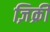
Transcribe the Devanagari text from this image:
ज़िक्री